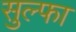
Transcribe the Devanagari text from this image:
सुल्फा